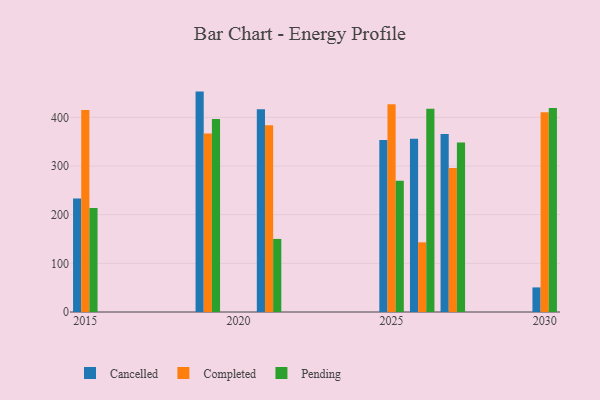
{"axis": {"x": "Year", "y": "Operating Costs (USD K)"}, "legend": ["Cancelled", "Completed", "Pending"], "data": [{"x": "2021", "y": 416.8, "type": "Cancelled"}, {"x": "2021", "y": 383.9, "type": "Completed"}, {"x": "2021", "y": 150.2, "type": "Pending"}, {"x": "2025", "y": 353.2, "type": "Cancelled"}, {"x": "2025", "y": 426.9, "type": "Completed"}, {"x": "2025", "y": 269.7, "type": "Pending"}, {"x": "2026", "y": 356.1, "type": "Cancelled"}, {"x": "2026", "y": 143.2, "type": "Completed"}, {"x": "2026", "y": 417.7, "type": "Pending"}, {"x": "2019", "y": 452.9, "type": "Cancelled"}, {"x": "2019", "y": 366.7, "type": "Completed"}, {"x": "2019", "y": 396.6, "type": "Pending"}, {"x": "2027", "y": 365.8, "type": "Cancelled"}, {"x": "2027", "y": 295.9, "type": "Completed"}, {"x": "2027", "y": 348.2, "type": "Pending"}, {"x": "2030", "y": 50.5, "type": "Cancelled"}, {"x": "2030", "y": 410.3, "type": "Completed"}, {"x": "2030", "y": 419.2, "type": "Pending"}, {"x": "2015", "y": 233.2, "type": "Cancelled"}, {"x": "2015", "y": 415.3, "type": "Completed"}, {"x": "2015", "y": 213.9, "type": "Pending"}]}